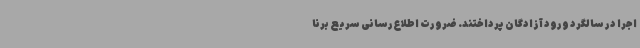
اجرا در سالگرد ورود آزادگان پرداختند. ضرورت اطلاع‌رسانی سریع برنا